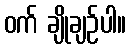
ဝက် ချိုချဉ်ပါ။